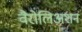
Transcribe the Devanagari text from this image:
वैरोलिअशन